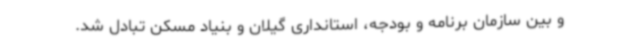
و بین سازمان برنامه و بودجه، استانداری گیلان و بنیاد مسکن تبادل شد.